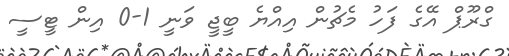
ގްރޫޕް އޭގެ ފަހު މެޗުން އިއްޔެ ބީޖީ ވަނީ 1-0 އިން ޓީސީ